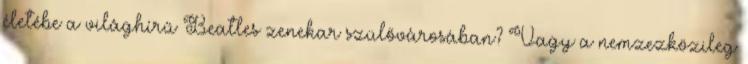
életébe a világhírű Beatles zenekar szülővárosában? Vagy a nemzezközileg